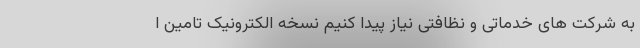
به شرکت های خدماتی و نظافتی نیاز پیدا کنیم نسخه الکترونیک تامین ا